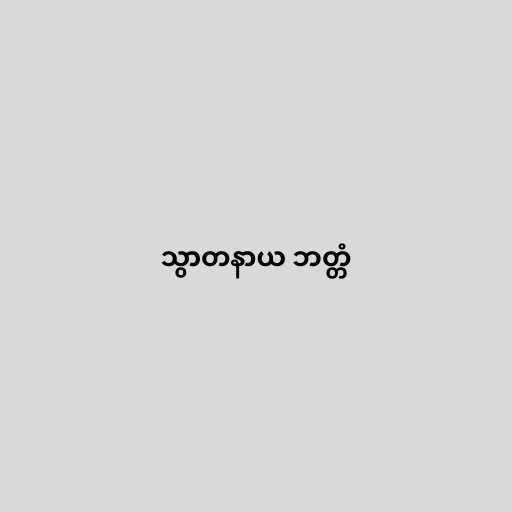
သွာတနာယ ဘတ္တံ